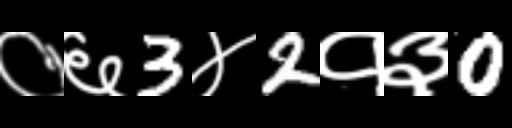
Text: ०६3४2१३0